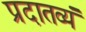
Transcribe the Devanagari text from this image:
प्रदातव्यं